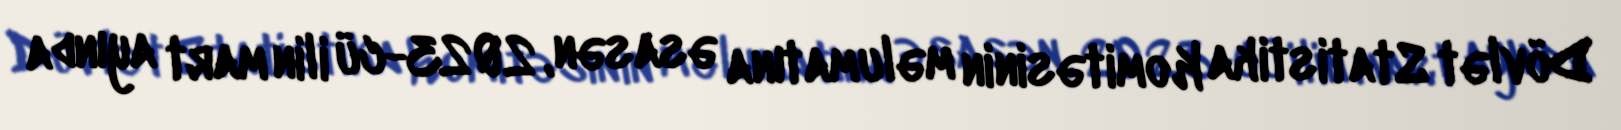
Dövlət Statistika Komitəsinin məlumatına əsasən, 2023-cü ilin mart ayında